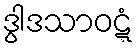
ဒွါဒသာဝဋ္ဋံ